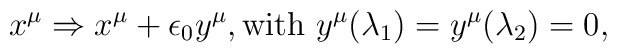
x^\mu\Rightarrow x^\mu +\epsilon_0 y^\mu, {\rm with}~y^\mu(\lambda_1)=y^\mu (\lambda_2)=0,